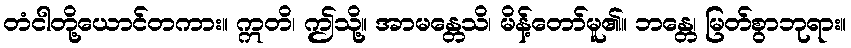
တံငါတို့ယောင်တကား။ ဣတိ၊ ဤသို့။ အာမန္တေသိ၊ မိန့်တော်မူ၏။ ဘန္တေ၊ မြတ်စွာဘုရား။